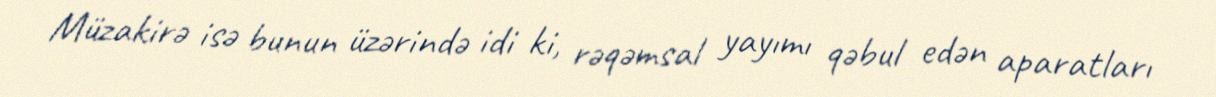
Müzakirə isə bunun üzərində idi ki, rəqəmsal yayımı qəbul edən aparatları